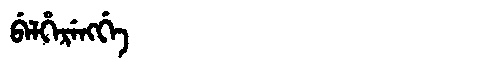
Manchu: ᠪᡝᠯᡥᡝᡵᡝᠩᡤᡝ
Romanization: BELHERENGGE